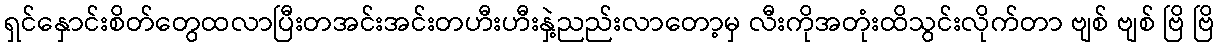
ရှင်နှောင်းစိတ်တွေထလာပြီးတအင်းအင်းတဟီးဟီးနှဲ့ညည်းလာတော့မှ လီးကိုအတုံးထိသွင်းလိုက်တာ ဗျစ် ဗျစ် ဗြိ ဗြိ